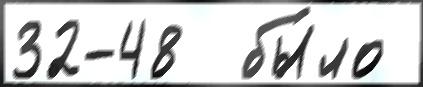
32-48  бы́ло